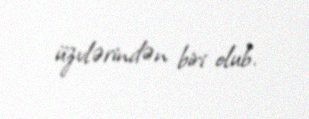
üzvlərindən biri olub.